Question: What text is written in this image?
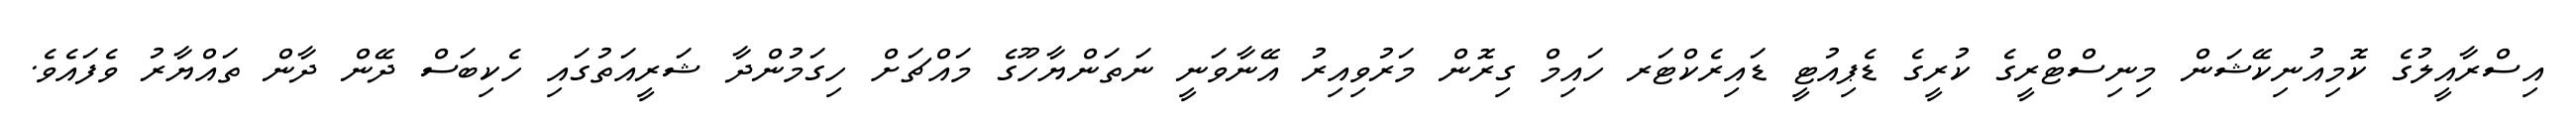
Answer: އިސްރާއީލުގެ ކޮމިއުނިކޭޝަން މިނިސްޓްރީގެ ކުރީގެ ޑެޕިއުޓީ ޑައިރެކްޓަރ ހައިމް ގިރޮން މަރުވިއިރު އޭނާވަނީ ނަތަންޔާހޫގެ މައްޗަށް ހިގަމުންދާ ޝަރީއަތުގައި ހެކިބަސް ދޭން ދާން ތައްޔާރު ވެފައެވެ.